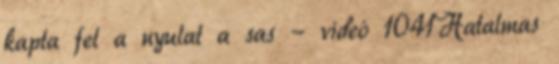
kapta fel a nyulat a sas - videó 1041Hatalmas